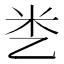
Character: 㐘